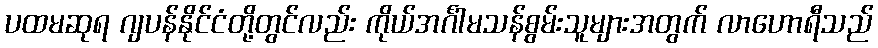
ပထမဆုရ ဂျပန်နိုင်ငံတို့တွင်လည်း ကိုယ်အင်္ဂါမသန်စွမ်းသူများအတွက် လာဟောရီသည်